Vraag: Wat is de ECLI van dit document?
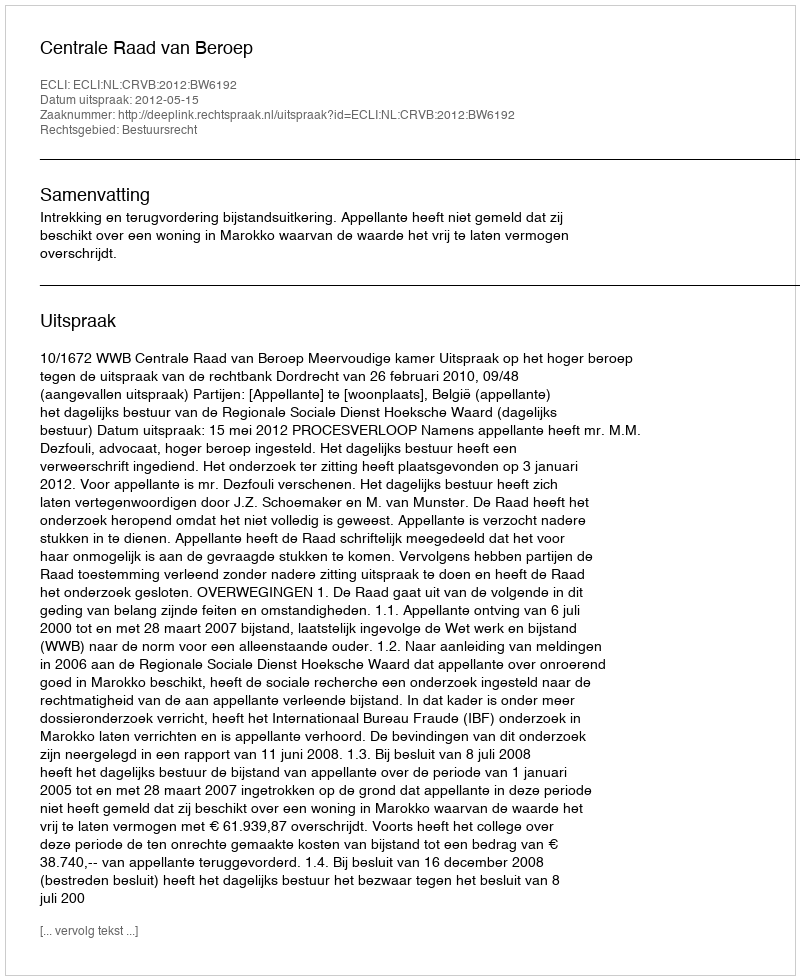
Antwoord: ECLI:NL:CRVB:2012:BW6192